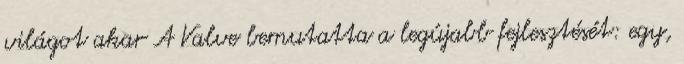
világot akar A Valve bemutatta a legújabb fejlesztését: egy,